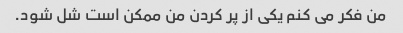
من فکر می کنم یکی از پر کردن من ممکن است شل شود.